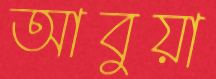
আবুয়া